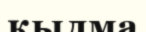
қылма